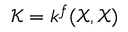
\mathcal { K } = k ^ { f } ( \mathcal { X } , \mathcal { X } )